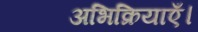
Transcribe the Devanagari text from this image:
अभिक्रियाएँ।